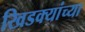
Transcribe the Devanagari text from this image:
खिडक्यांच्या